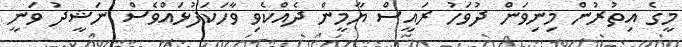
މީގެ އިތުރުން މިނިވަން ދުވަހު ރައީސް ޔާމީން ދެއްކެވި ވާހަކަފުޅައްވެސް ނަޝީދު ވަނީ